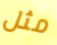
مثل